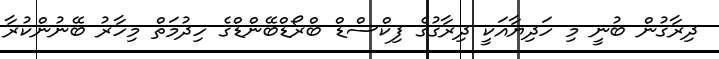
ދިރާގުން ބުނީ މި ހަދިޔާއަކީ ދިރާގުގެ ފިކްސްޑް ބްރޯޑްބޭންޑްގެ ހިދުމަތް މިހާރު ބޭނުންކުރާ